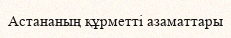
Астананың құрметті азаматтары